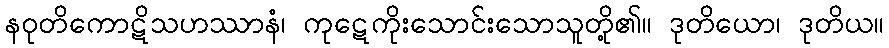
နဝုတိကောဋိသဟဿာနံ၊ ကုဋေကိုးသောင်းသောသူတို့၏။ ဒုတိယော၊ ဒုတိယ။